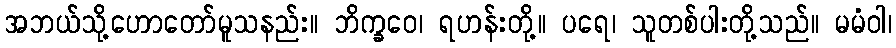
အဘယ်သို့ဟောတော်မူသနည်း။ ဘိက္ခဝေ၊ ရဟန်းတို့။ ပရေ၊ သူတစ်ပါးတို့သည်။ မမံဝါ၊